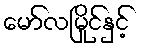
မော်လမြိုင်နှင့်